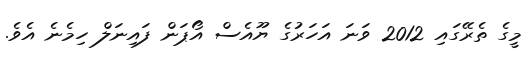
މީގެ ތެރޭގައި 2012 ވަނަ އަހަރުގެ ޔޫއެސް އޯޕަން ފައިނަލް ހިމެނެ އެވެ.